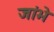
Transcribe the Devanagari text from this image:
जांभे